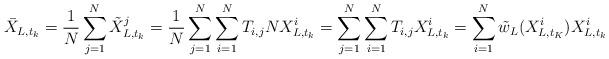
LaTeX: \begin{align*}\bar{X}_{L,t_{k}}=\frac{1}{N}\sum^{N}_{j=1}\tilde{X}_{L,t_{k}}^{j}=\frac{1}{N}\sum^{N}_{j=1}\sum^{N}_{i=1}T_{i,j}NX_{L,t_{k}}^{i}=\sum^{N}_{j=1}\sum^{N}_{i=1}T_{i,j}X_{L,t_{k}}^{i}=\sum^{N}_{i=1}\tilde{w}_{L}(X_{L,t_{K}}^{i})X_{L,t_{k}}^{i}\end{align*}